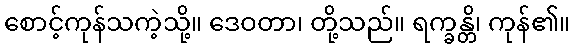
စောင့်ကုန်သကဲ့သို့။ ဒေဝတာ၊ တို့သည်။ ရက္ခန္တိ၊ ကုန်၏။